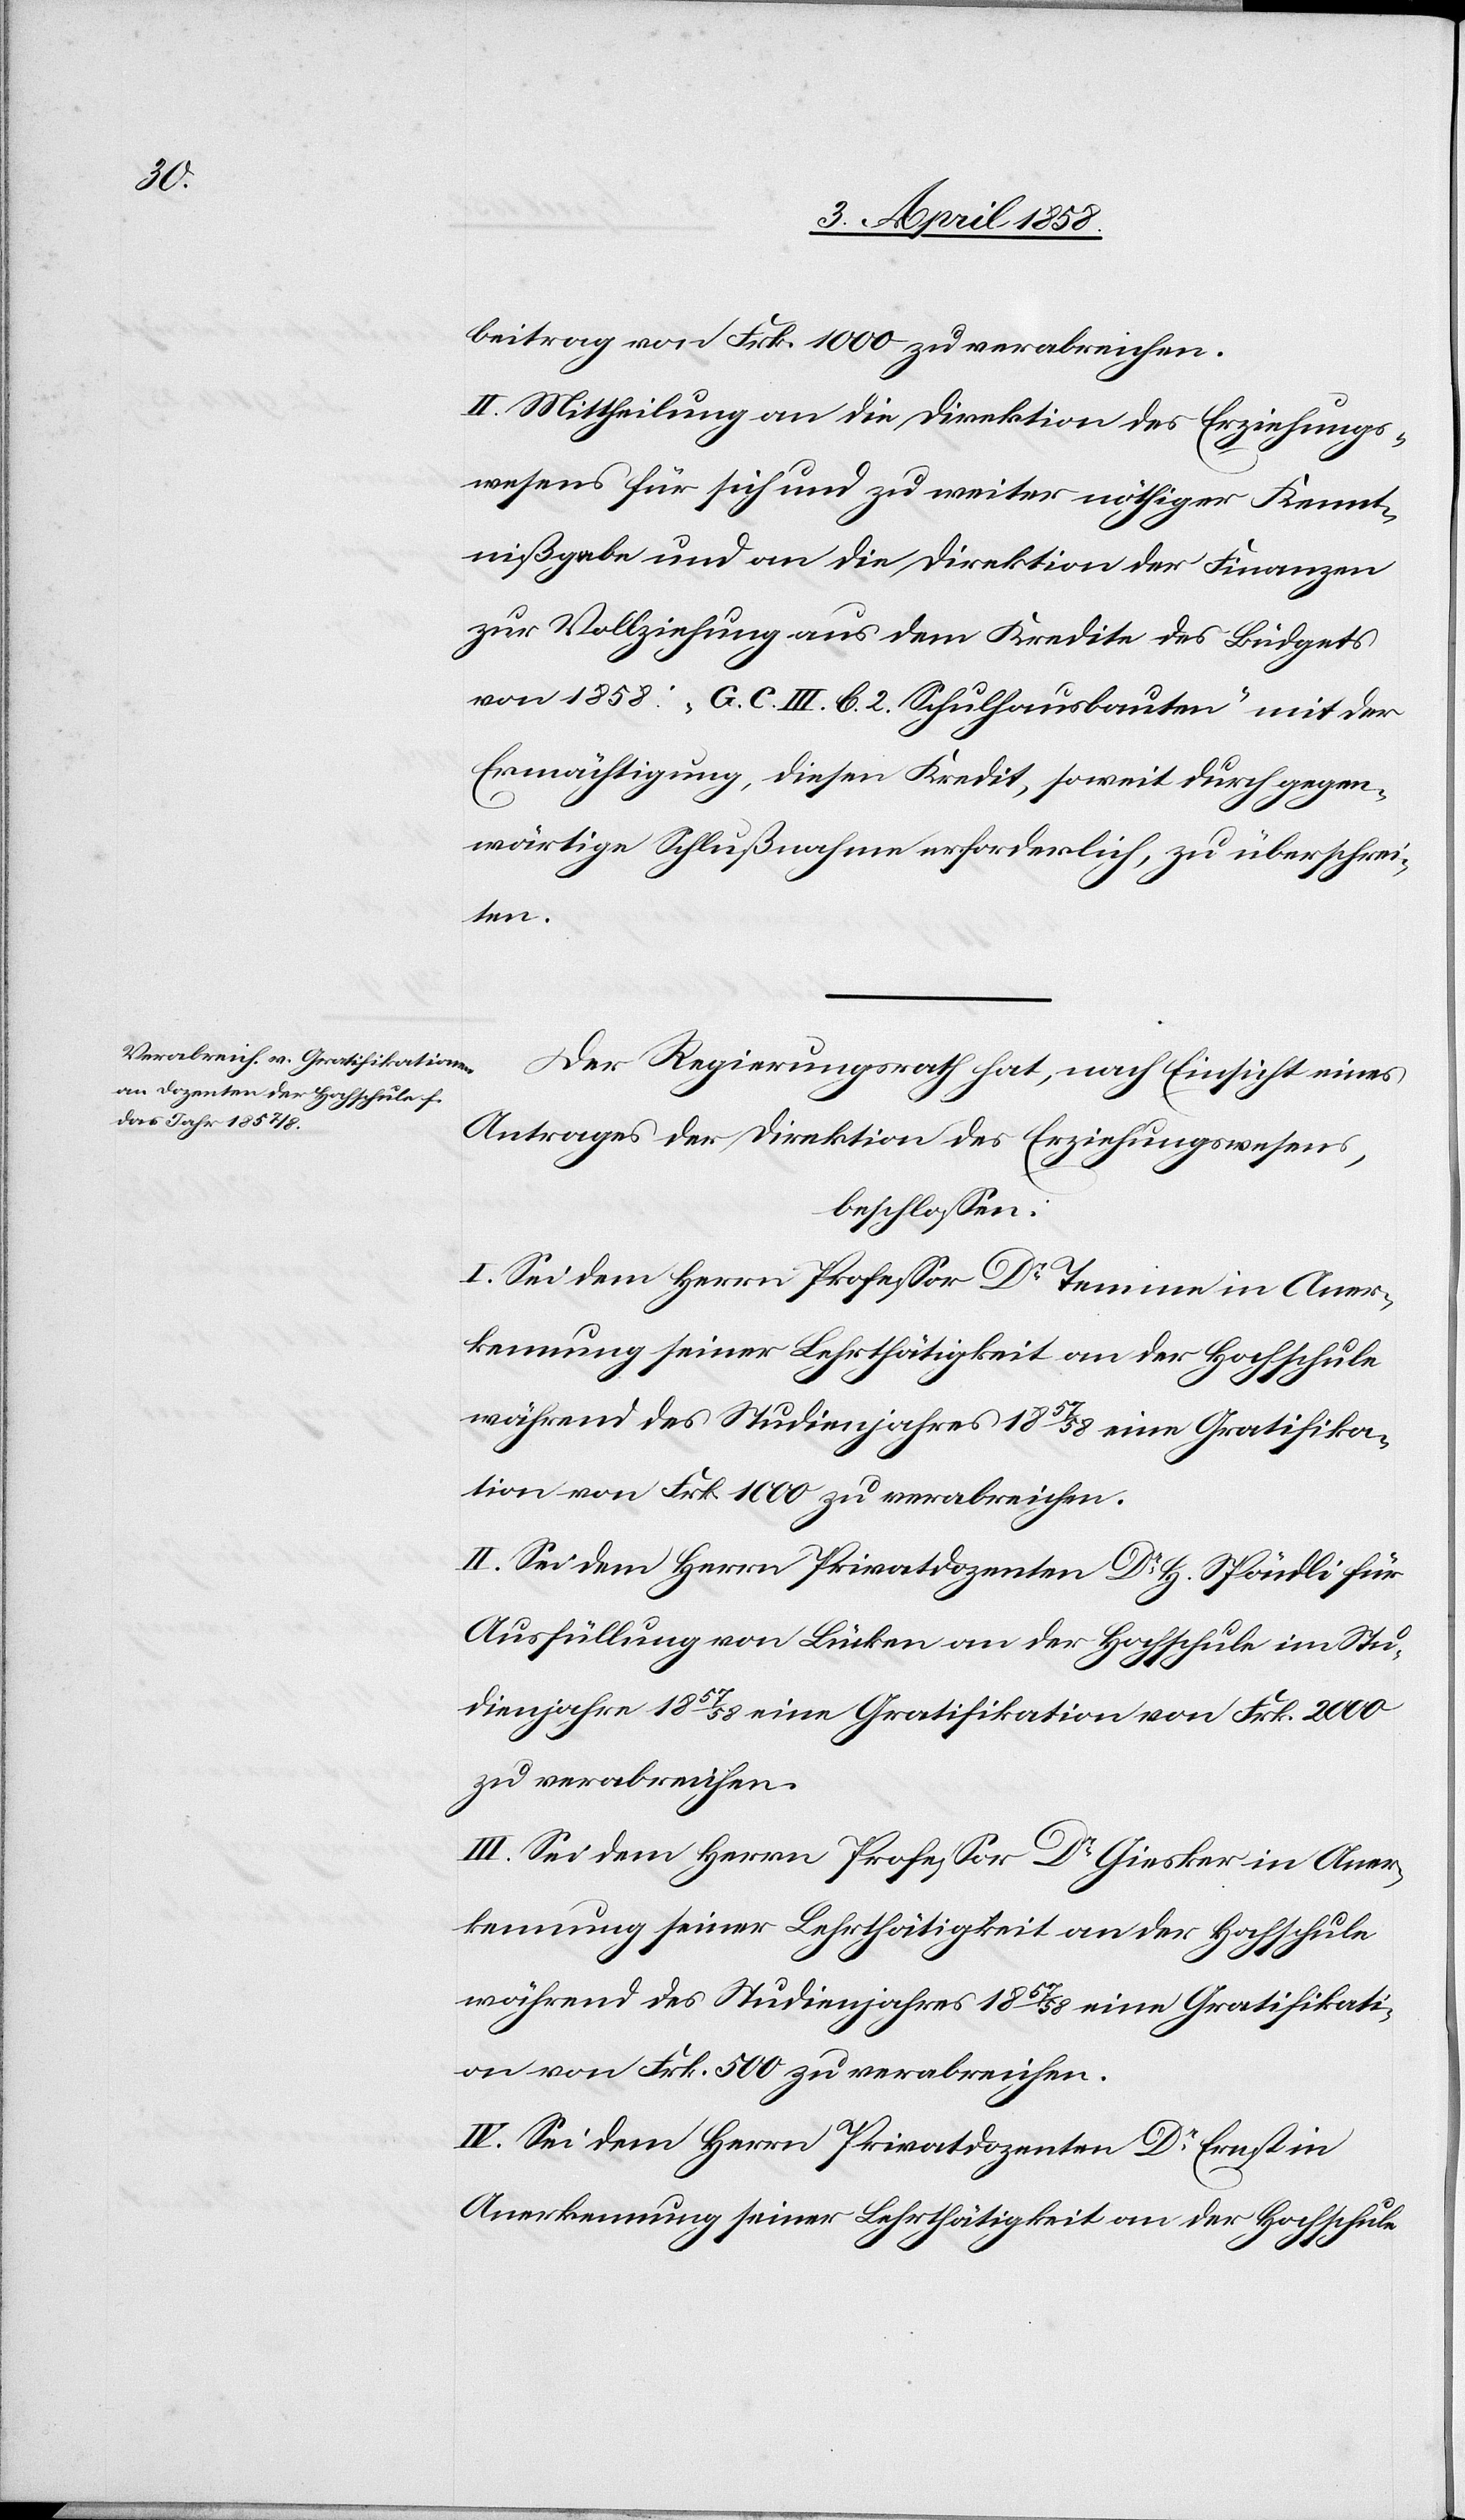
beitrag von Frk. 1000 zu verabreichen.
II. Mittheilung an die Direktion des Erziehungs¬
wesens für sich und zu weiter nöthiger Kennt¬
nißgabe und an die Direktion der Finanzen
zur Vollziehung aus dem Kredite des Büdgets
von 1858: „G C. III b. 2. Schulhausbauten“ mit der
Ermächtigung, diesen Kredit, soweit durch gegen¬
wärtige Schlußnahme erforderlich, zu überschrei¬
ten.
Der Regierungsrath hat, nach Einsicht eines
Antrages der Direktion des Erziehungswesens,
beschlossen:
I. Sei dem Herrn Professor Dr Temine in Aner¬
kennung seiner Lehrthätigkeit an der Hochschule
während des Studienjahres 1857/58 eine Gratifika¬
tion von Frk. 1000 zu verabreichen.
II. Sei dem Herrn Privatdozenten Dr H. Spöndli für
Ausfüllung von Lücken an der Hochschule im Stu¬
dienjahre 1857/58 eine Gratifikation von Frk. 2000
zu verabreichen.
III. Sei dem Herrn Professor Dr Giesker in Aner¬
während des Studienjahres 1857/58 eine Gratifikati¬
on von Frk. 500 zu verabreichen.
IV. Sei dem Herrn Privatdozenten Dr Ernst in
Anerkennung seiner Lehrthätigkeit an der Hochschule